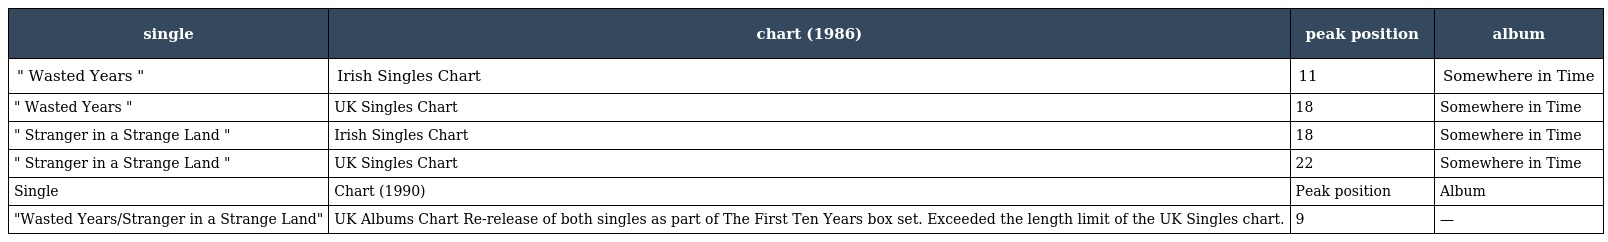
| single | chart (1986) | peak position | album |
 | --- | --- | --- | --- |
 | " Wasted Years " | Irish Singles Chart | 11 | Somewhere in Time |
 | " Wasted Years " | UK Singles Chart | 18 | Somewhere in Time |
 | " Stranger in a Strange Land " | Irish Singles Chart | 18 | Somewhere in Time |
 | " Stranger in a Strange Land " | UK Singles Chart | 22 | Somewhere in Time |
 | Single | Chart (1990) | Peak position | Album |
 | "Wasted Years/Stranger in a Strange Land" | UK Albums Chart Re-release of both singles as part of The First Ten Years box set. Exceeded the length limit of the UK Singles chart. | 9 | — |